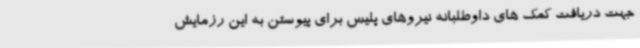
جهت دریافت کمک های داوطلبانه نیروهای پلیس برای پیوستن به این رزمایش